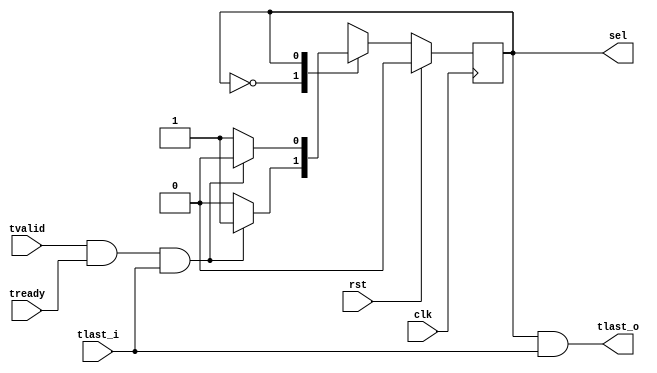
`timescale 1ns / 1ps
//////////////////////////////////////////////////////////////////////////////////
// Company:
// 
// Create Date:
// Design Name: 
// Module Name: round_robin_scheduler_fsm
// Project Name: EtherBlade.net_v1 
// Target Devices: 
// Tool Versions: 
// Description: 
// 
// Dependencies: 
// 
// Version: 0.01
// Additional Comments:
// 
//////////////////////////////////////////////////////////////////////////////////
module round_robin_scheduler_fsm(
input clk,				/*Clock*/
input rst,				/*Reset*/
input tvalid,			/*tvalid*/   
input tready,			/*tready*/
input tlast_i,			/*tlast-input*/
output sel,				/*select signal*/
output tlast_o			/*tlast_output*/
);

//RETRIEVE PACKET HEADER STATE
parameter HEADER = 1'b0;
//RETRIEVE PACKET BODY STATE
parameter BODY = 1'b1;

reg state;

// Control state machine implementation 
always@(posedge clk)
  begin
    if(rst)
      begin
        state <= HEADER;	/*Initial state is HEADER*/
	  end
  else
    begin
     case(state)
       HEADER: if(tvalid && tready && tlast_i) 
            begin 
              state <= BODY; 
            end
           else
            begin
              state <= HEADER;
            end
       BODY: if(tvalid && tready && tlast_i) 
            begin 
              state <= HEADER; 
            end
		   else
            begin
              state <= BODY;
            end
     endcase
    end
 end

 //"sel" generation
 assign sel = ((state == BODY));
 //"tlast_o" generation
 assign tlast_o = ((state == BODY) && (tlast_i));
 
endmodule